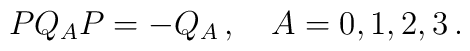
PQ_A P=-Q_A\,, \quad A=0,1,2,3\,.